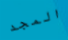
المجد